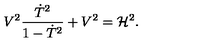
V ^ { 2 } { \frac { \dot { T } ^ { 2 } } { 1 - \dot { T } ^ { 2 } } } + V ^ { 2 } = { \cal H } ^ { 2 } .